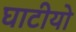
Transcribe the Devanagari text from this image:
घाटीयो